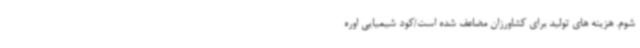
شوم. هزینه های تولید برای کشاورزان مضاعف شده است/کود شیمیایی اوره